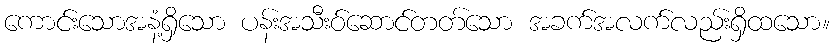
ကောင်းသောအနံ့ရှိသော ပန်းအသီးဝ်ဆောင်တတ်သော အခက်အလက်လည်းရှိထသော။